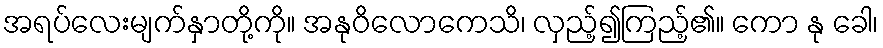
အရပ်လေးမျက်နှာတို့ကို။ အနုဝိလောကေသိ၊ လှည့်၍ကြည့်၏။ ကော နု ခေါ၊